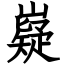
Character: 嶷